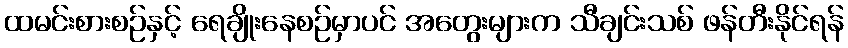
ထမင်းစားစဉ်နှင့် ရေချိုးနေစဉ်မှာပင် အတွေးများက သီချင်းသစ် ဖန်တီးနိုင်ရန်